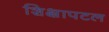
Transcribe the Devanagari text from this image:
शिक्षापटल